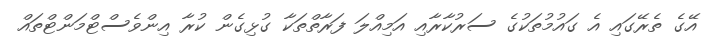
އޭގެ ތެރޭގައި އެ ގައުމުތަކުގެ ސަރުކާރާއި އަމިއްލަ ފަރާތްތަކާ ގުޅިގެން ކުރާ އިންވެސްޓްމަންޓްތައް